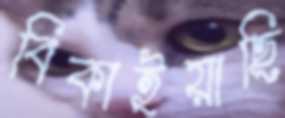
বিকাইয়াছি